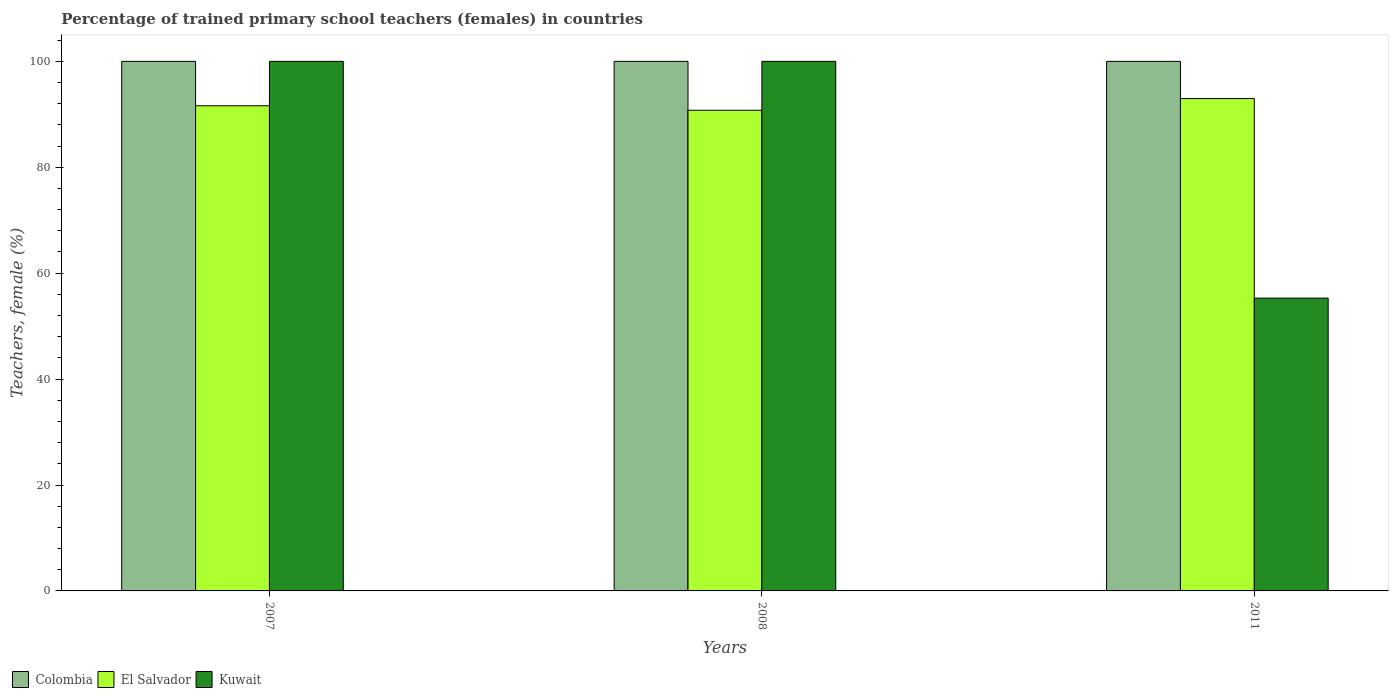
| Years | Colombia | El Salvador | Kuwait |
 | --- | --- | --- | --- |
 | 2007 | 100 | 91.6 | 100 |
 | 2008 | 100 | 90.8 | 100 |
 | 2011 | 100 | 93 | 55.3 |